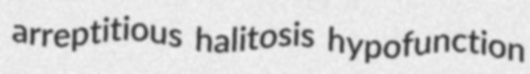
arreptitious halitosis hypofunction